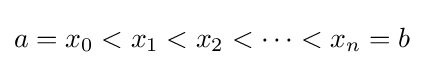
a=x_{0}<x_{1}<x_{2}<\dots <x_{n}=b